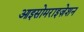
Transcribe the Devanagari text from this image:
आइसोमराइज़ेशन